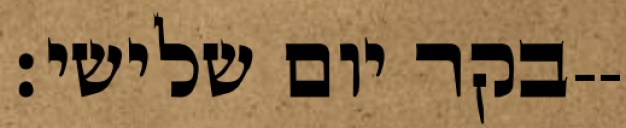
בקר יום שלישי׃--